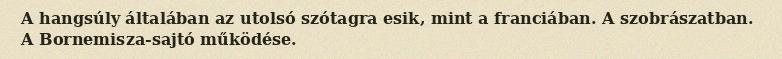
A hangsúly általában az utolsó szótagra esik, mint a franciában. A szobrászatban. A Bornemisza-sajtó működése.